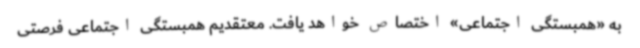
به «همبستگی اجتماعی» اختصاص خواهد یافت. معتقدیم همبستگی اجتماعی فرصتی